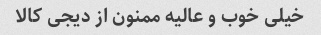
خیلی خوب و عالیه ممنون از دیجی کالا